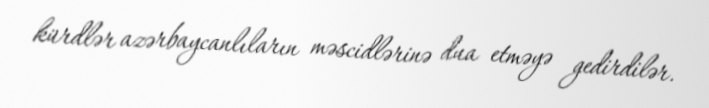
kürdlər azərbaycanlıların məscidlərinə dua etməyə gedirdilər.